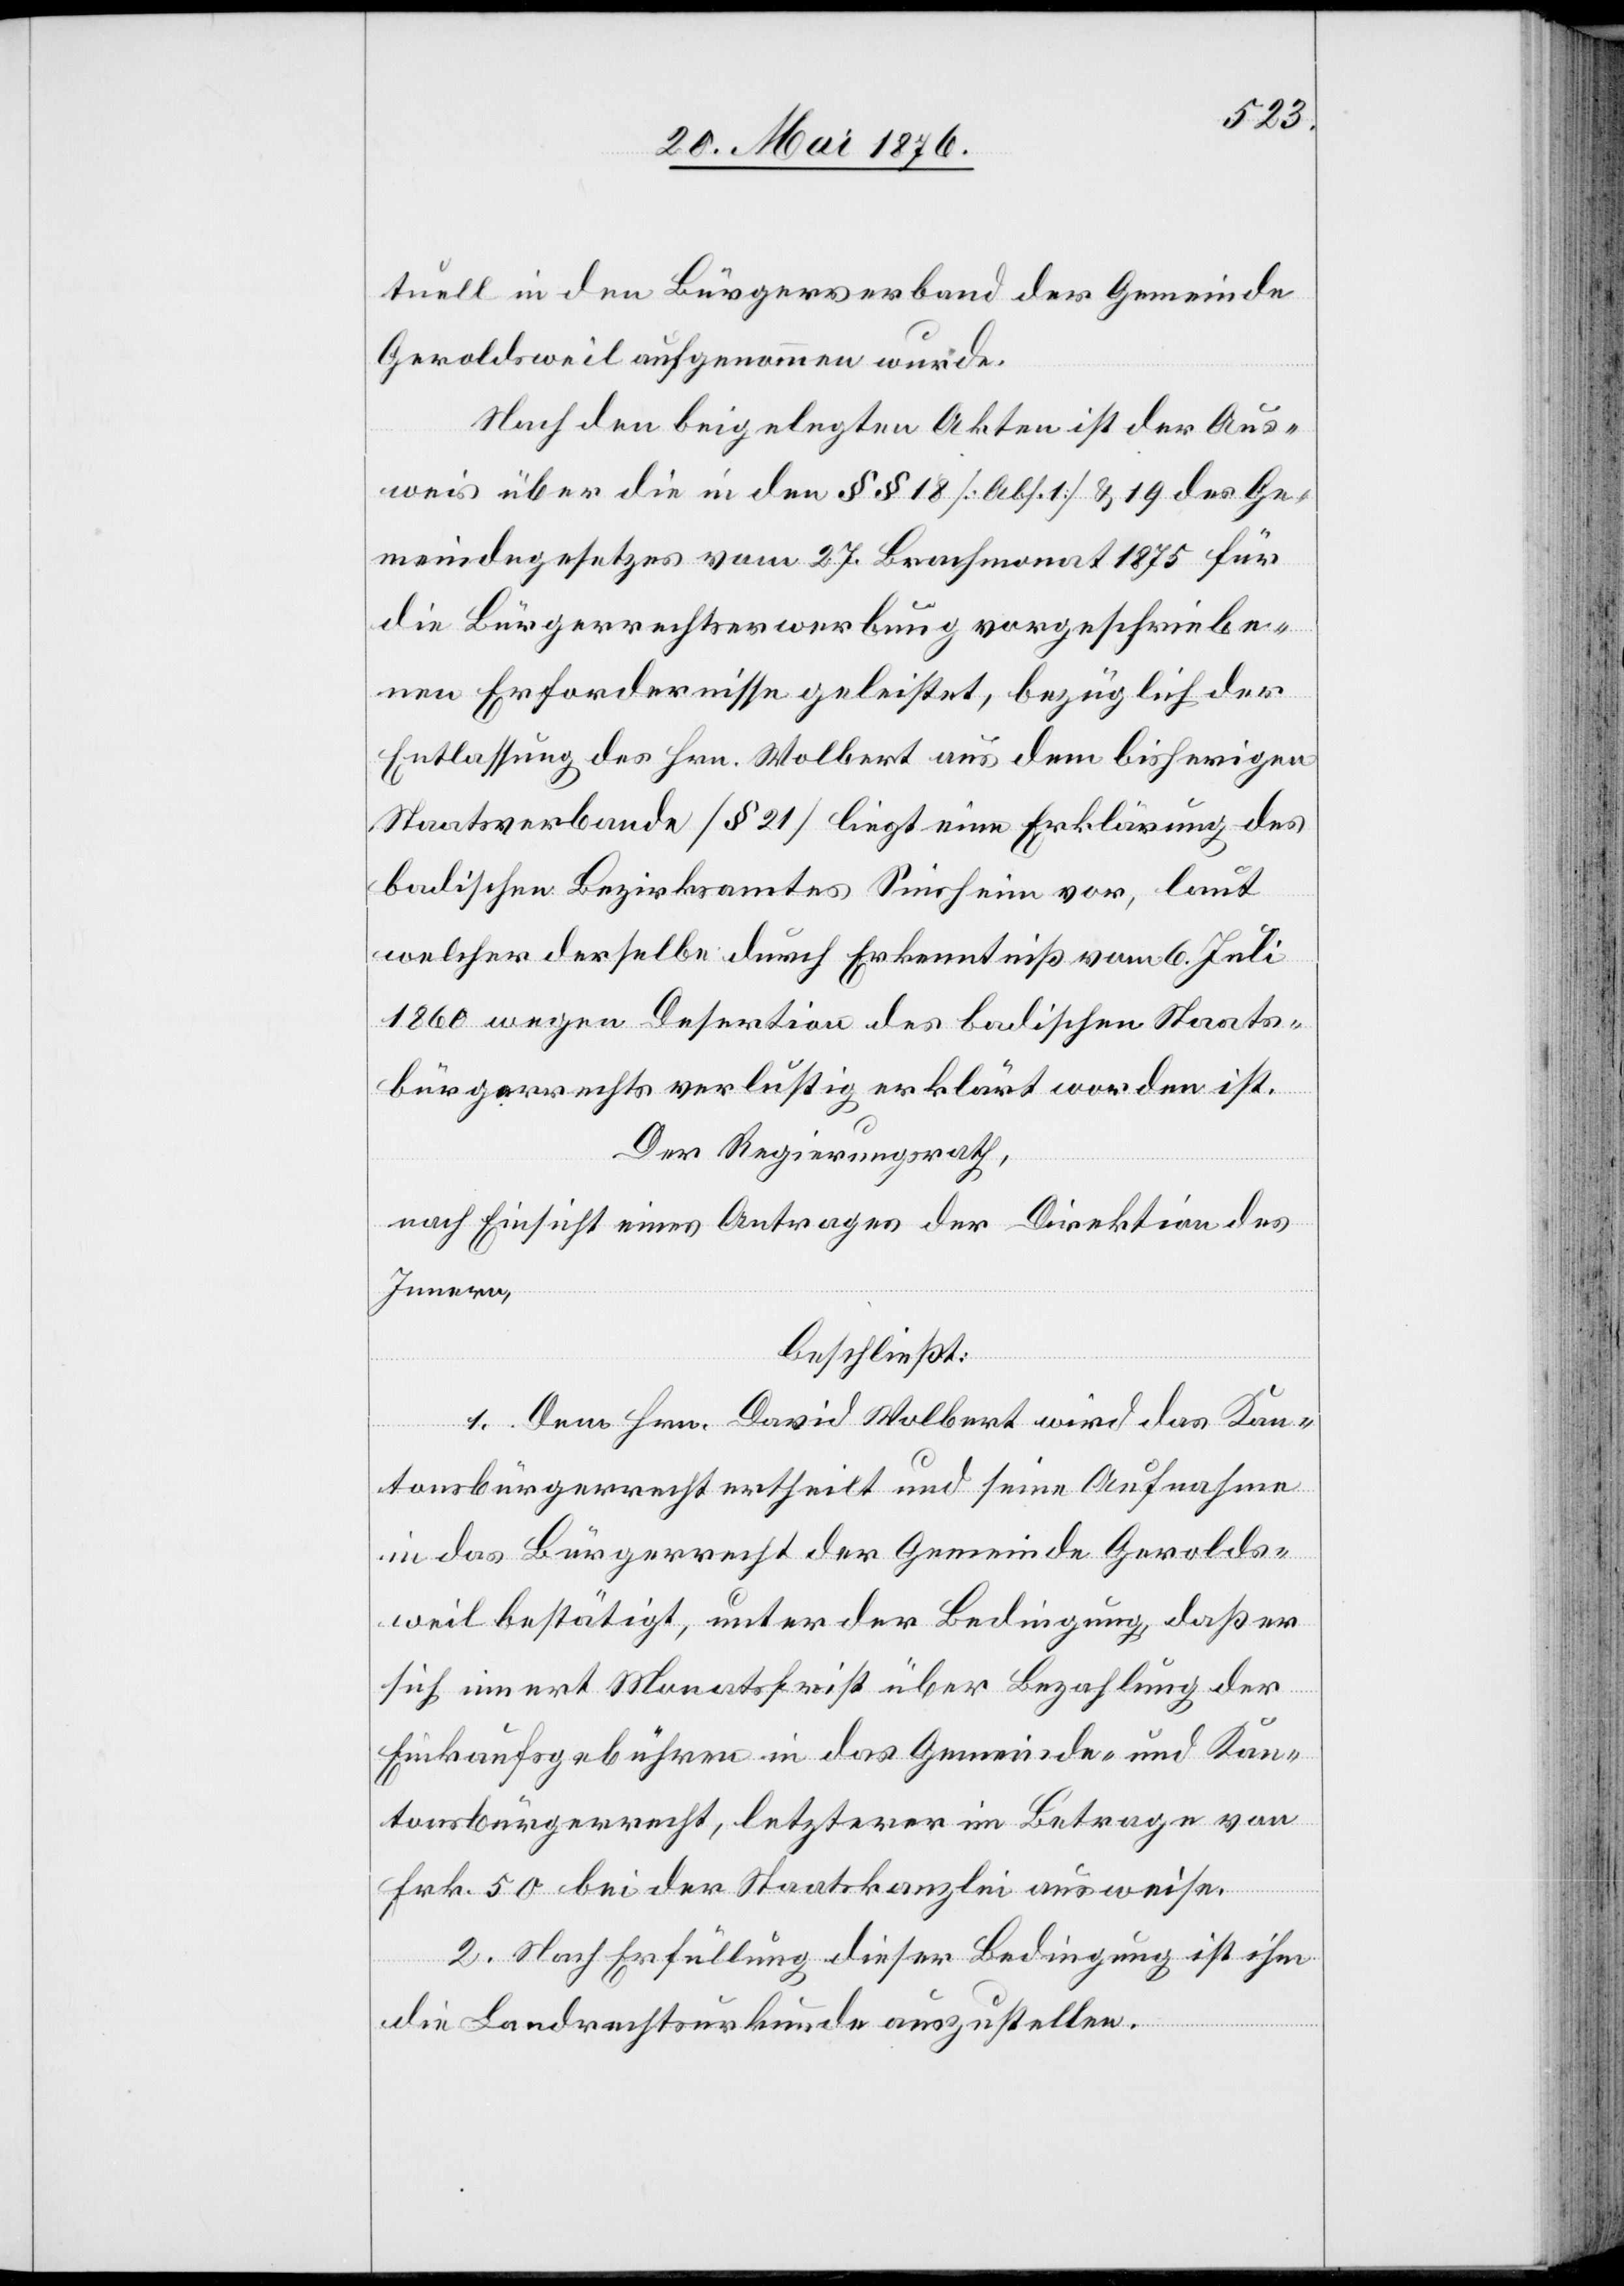
tuell in den Bürgerverband der Gemeinde
Geroldsweil aufgenommen wurde.
Nach den beigelegten Akten ist der Aus¬
weis über die in den §§ 18 [Abs. 1] & 19 des Ge¬
meindegesetzes vom 27. Brachmonat 1875 für
die Bürgerrechtserwerbung vorgeschriebe¬
nen Erfordernisse geleistet, bezüglich der
Entlassung des Hrn. Wolbert aus dem bisherigen
Staatsverbande [§ 21] liegt eine Erklärung des
badischen Bezirksamtes Sinsheim vor, laut
welcher derselbe durch Erkenntniß vom 6. Juli
1860 wegen Desertion des badischen Staats¬
er
bürgerrechts verlustig erklärt worden ist.
Der Regierungsrath,
nach Einsicht eines Antrages der Direktion des
Innern,
beschließt:
1. Dem Hrn. David Wolbert wird das Kan¬
sich innert Monatsfrist über Bezahlung der
Einkaufsgebühren in das Gemeinde- und Kan¬
tonsbürgerrecht, letzterer im Betrage von
Frk. 50 bei der Staatskanzlei ausweise.
2. Nach Erfüllung dieser Bedingung ist ihm
die Landrechtsurkunde auszustellen.